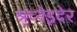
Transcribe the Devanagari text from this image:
श्र्च्नेइदेर